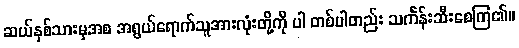
ဆယ်နှစ်သားမှအစ အရွယ်ရောက်သူအားလုံးတို့ကို ပါ တစ်ပါတည်း သင်္ကန်းဆီးစေကြ၏။